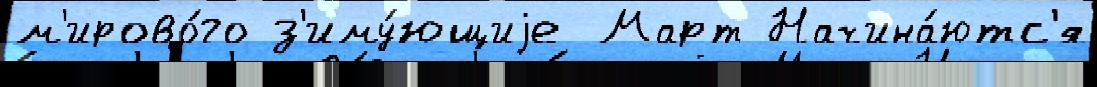
м'ирово́го з'иму́ющиjе Март Начина́ютс'я